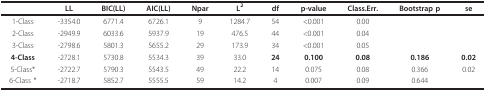
<table><thead><tr><td></td><td><b>LL</b></td><td><b>BIC(LL)</b></td><td><b>AIC(LL)</b></td><td><b>Npar</b></td><td><b>L<sup>2</sup></b></td><td><b>df</b></td><td><b>p-value</b></td><td><b>Class.Err.</b></td><td><b>Bootstrap p</b></td><td><b>se</b></td></tr></thead><tbody><tr><td>1-Class</td><td>-3354.0</td><td>6771.4</td><td>6726.1</td><td>9</td><td>1284.7</td><td>54</td><td>&lt;0.001</td><td>0.00</td><td></td><td></td></tr><tr><td>2-Class</td><td>-2949.9</td><td>6033.6</td><td>5937.9</td><td>19</td><td>476.5</td><td>44</td><td>&lt;0.001</td><td>0.04</td><td></td><td></td></tr><tr><td>3-Class</td><td>-2798.6</td><td>5801.3</td><td>5655.2</td><td>29</td><td>173.9</td><td>34</td><td>&lt;0.001</td><td>0.05</td><td></td><td></td></tr><tr><td><b>4-Class</b></td><td>-2728.1</td><td>5730.8</td><td>5534.3</td><td>39</td><td>33.0</td><td><b>24</b></td><td><b>0.100</b></td><td><b>0.08</b></td><td><b>0.186</b></td><td><b>0.02</b></td></tr><tr><td>5-Class*</td><td>-2722.7</td><td>5790.3</td><td>5543.5</td><td>49</td><td>22.2</td><td>14</td><td>0.075</td><td>0.08</td><td>0.366</td><td>0.02</td></tr><tr><td>6-Class *</td><td>-2718.7</td><td>5852.7</td><td>5555.5</td><td>59</td><td>14.2</td><td>4</td><td>0.007</td><td>0.09</td><td>0.644</td><td></td></tr></tbody></table>